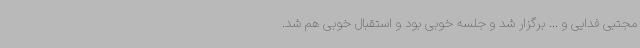
مجتبی فدایی و ... برگزار شد و جلسه خوبی بود و استقبال خوبی هم شد.